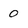
Character: 0